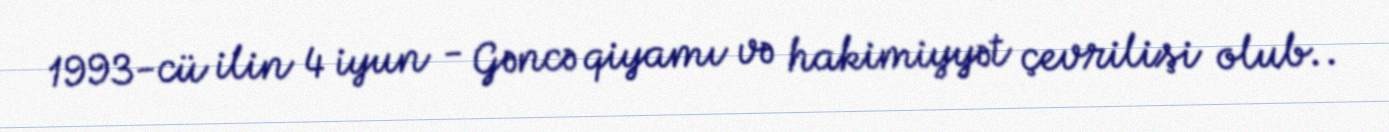
1993-cü ilin 4 iyun - Gəncə qiyamı və hakimiyyət çevrilişi olub..